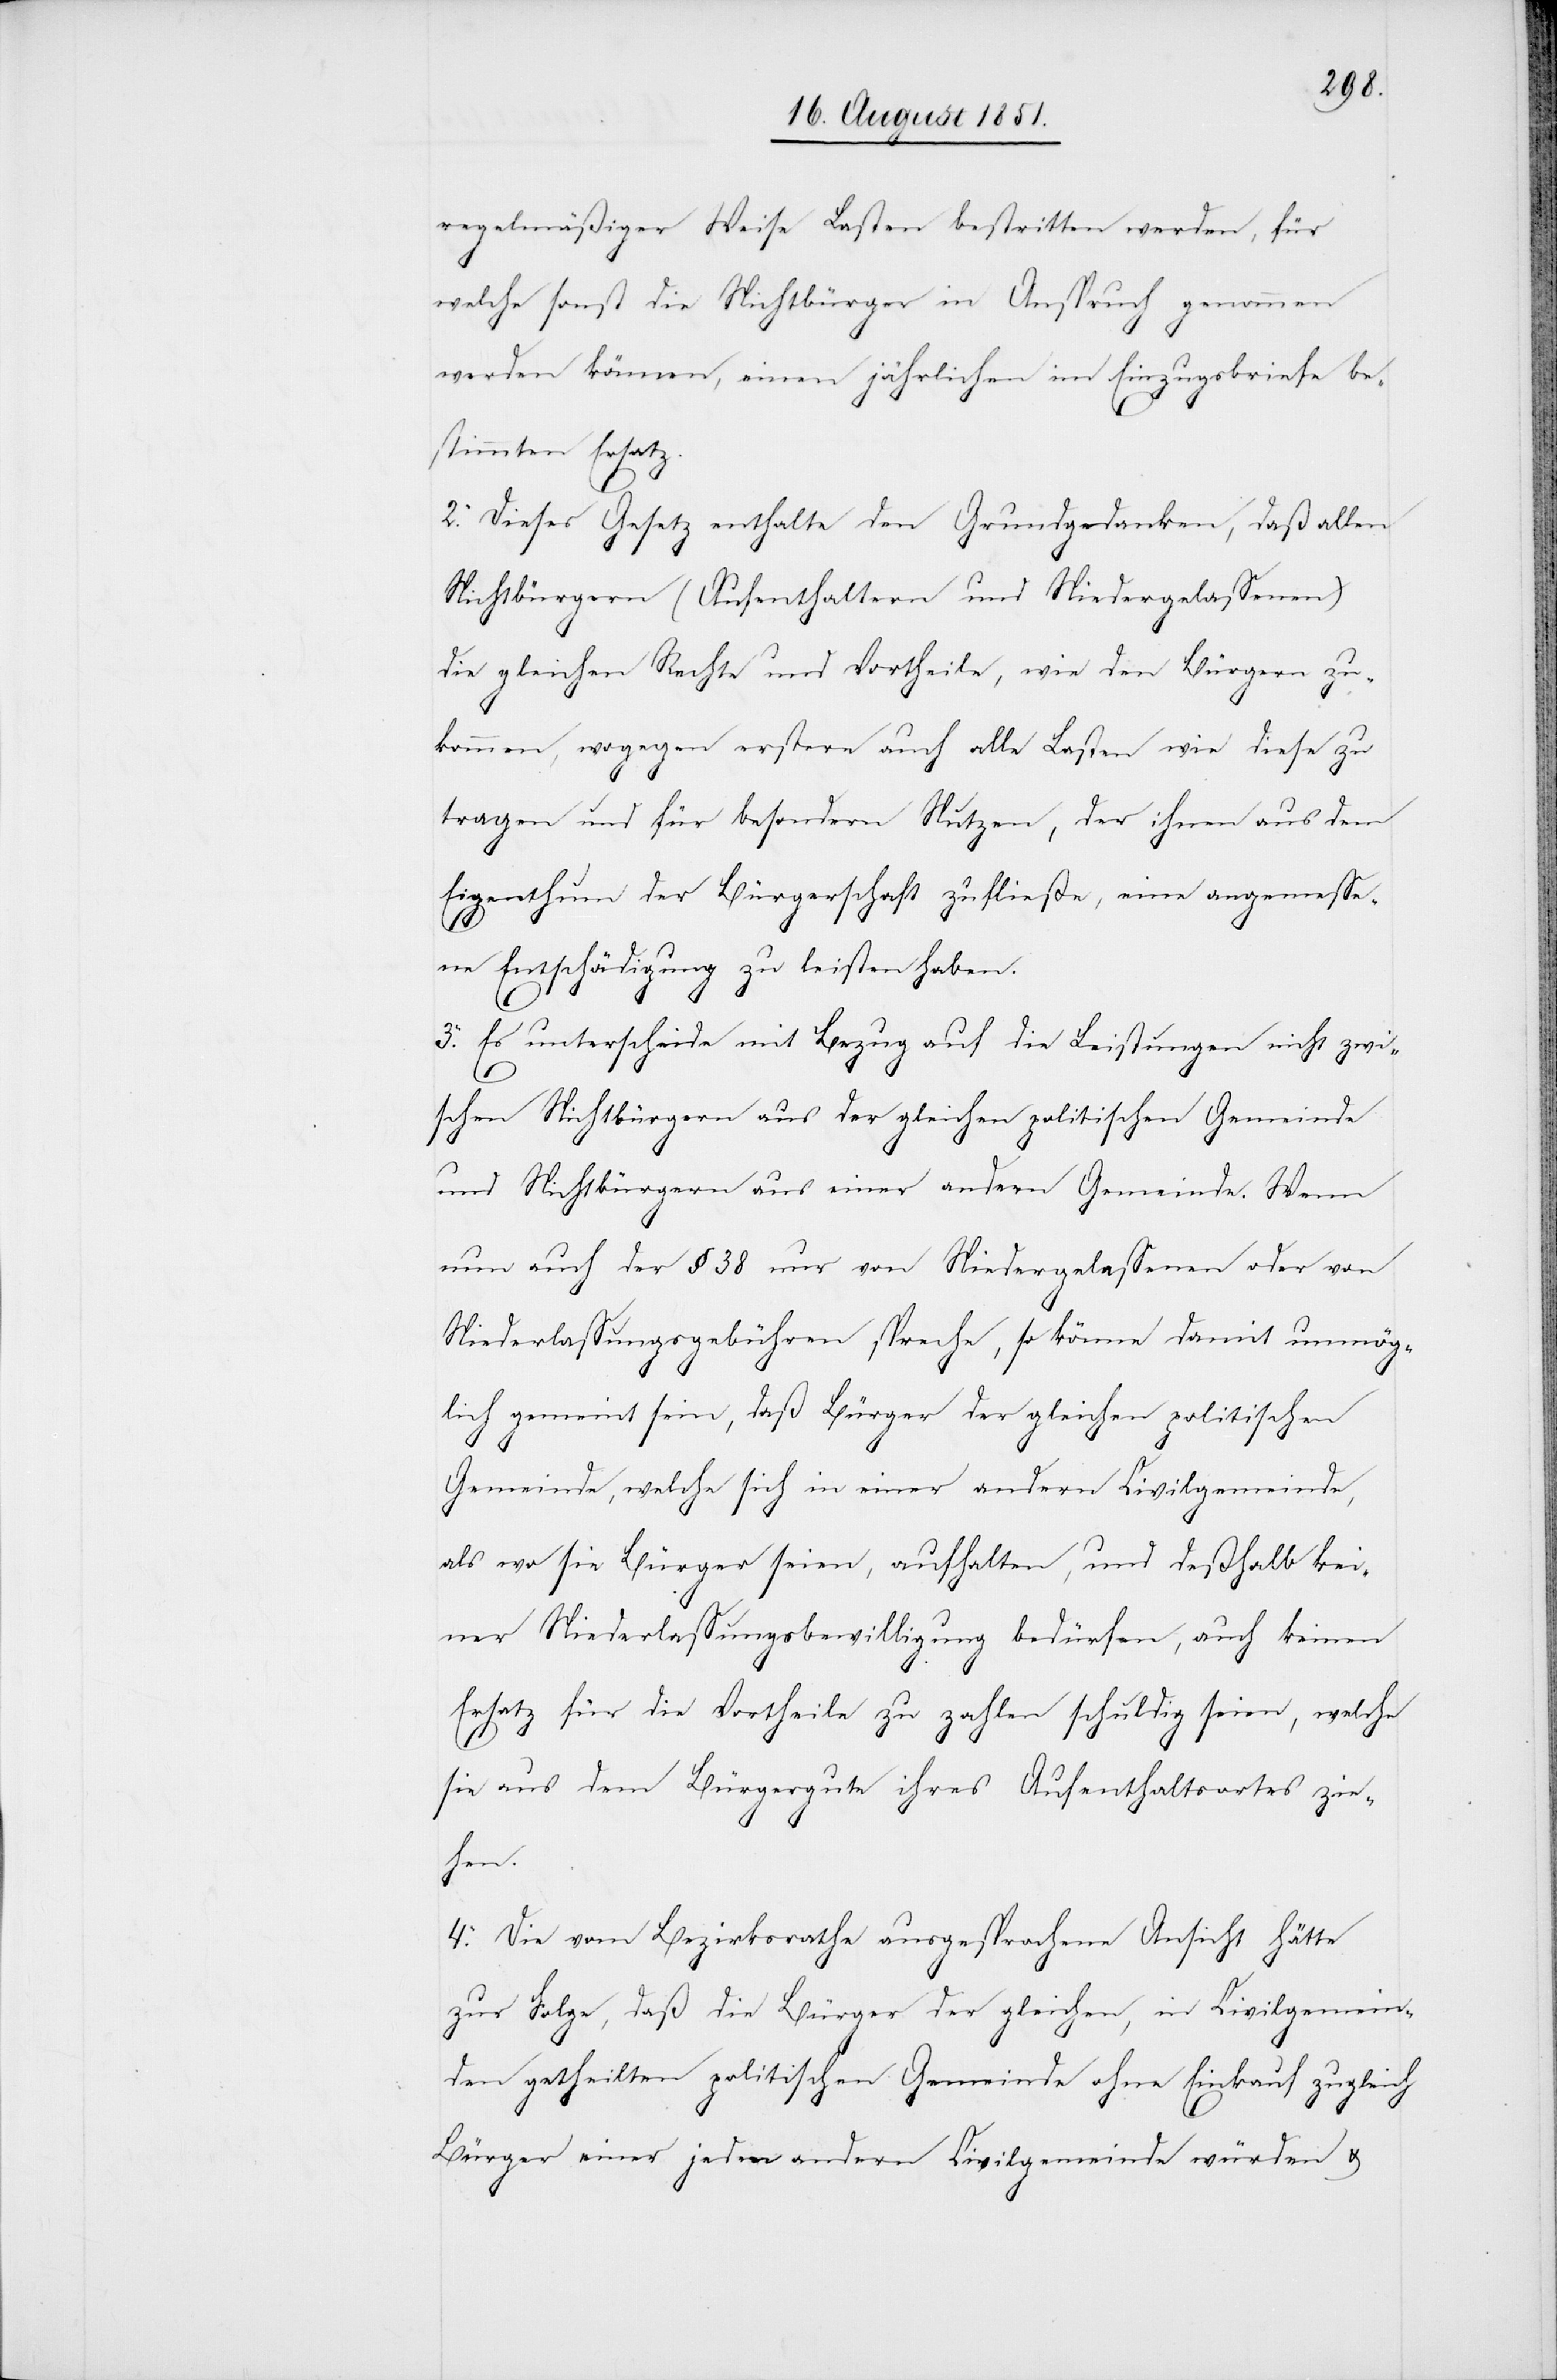
regelmäßiger Weise Lasten bestritten werden, für
welche sonst die Nichtbürger in Anspruch genommen
werden können, einen jährlichen im Einzugsbriefe be¬
stimmten Ersatz.
2. Dieses Gesetz enthalte den Grundgedanken, daß allen
Nichtbürgern (Aufenthaltern und Niedergelassenen)
die gleichen Rechte und Vortheile, wie den Bürgern zu¬
kommen, wogegen erstere auch alle Lasten wie diese zu
tragen und für besondern Nutzen, der ihnen aus dem
Eigenthum der Bürgerschaft zufließe, eine angemesse¬
ne Entschädigung zu leisten haben.
3. Es unterscheide mit Bezug auf die Leistungen nicht zwi¬
schen Nichtbürgern aus der gleichen politischen Gemeinde
und Nichtbürgern aus einer andern Gemeinde. Wenn
nun auch der § 38 nur von Niedergelassenen oder von
Niederlassungsgebühren spreche, so könne damit unmög¬
lich gemeint sein, daß Bürger der gleichen politischen
Gemeinde, welche sich in einer andern Civilgemeinde,
als wo sie Bürger seien, aufhalten, und deßhalb kei¬
ner Niederlassungsbewilligung bedürfen, auch keinen
Ersatz für die Vortheile zu zahlen schuldig seien, welche
sie aus dem Bürgergute ihres Aufenthaltsortes zie¬
hen.
4. Die vom Bezirksrathe ausgesprochene Ansicht hätte
zur Folge, daß die Bürger der gleichen, in Civilgemein¬
den getheilten politischen Gemeinde ohne Einkauf zugleich
Bürger einer jeden andern Civilgemeinde würden &